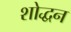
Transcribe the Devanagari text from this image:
शोद्धन